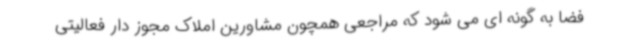
فضا به گونه ای می شود که مراجعی همچون مشاورین املاک مجوز دار فعالیتی